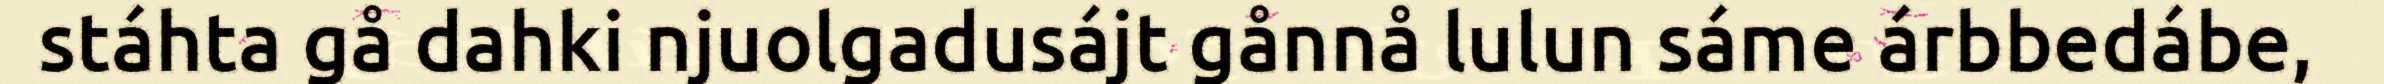
stáhta gå dahki njuolgadusájt gånnå lulun sáme árbbedábe,